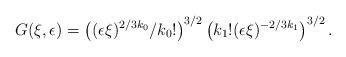
LaTeX: \begin{align*} G(\xi, \epsilon) = \left( (\epsilon \xi)^{2/3 k_0} /k_0! \right)^{3/2} \left( k_1! (\epsilon \xi)^{-2/3 k_1} \right)^{3/2}. \end{align*}